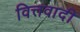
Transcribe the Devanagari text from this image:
वित्तवादी